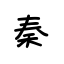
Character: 秦